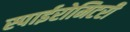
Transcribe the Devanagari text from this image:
स्पाईरोमिटरी